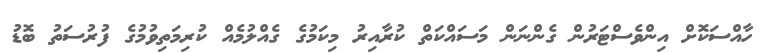
ހާއްސަކޮށް އިންވެސްޓަރުން ގެންނަން މަސައްކަތް ކުރާއިރު މިކަމުގެ ގެއްލުމެއް ކުރިމަތިވުމުގެ ފުރުސަތު ބޮޑު